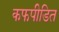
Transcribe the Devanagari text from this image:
कफपीडित